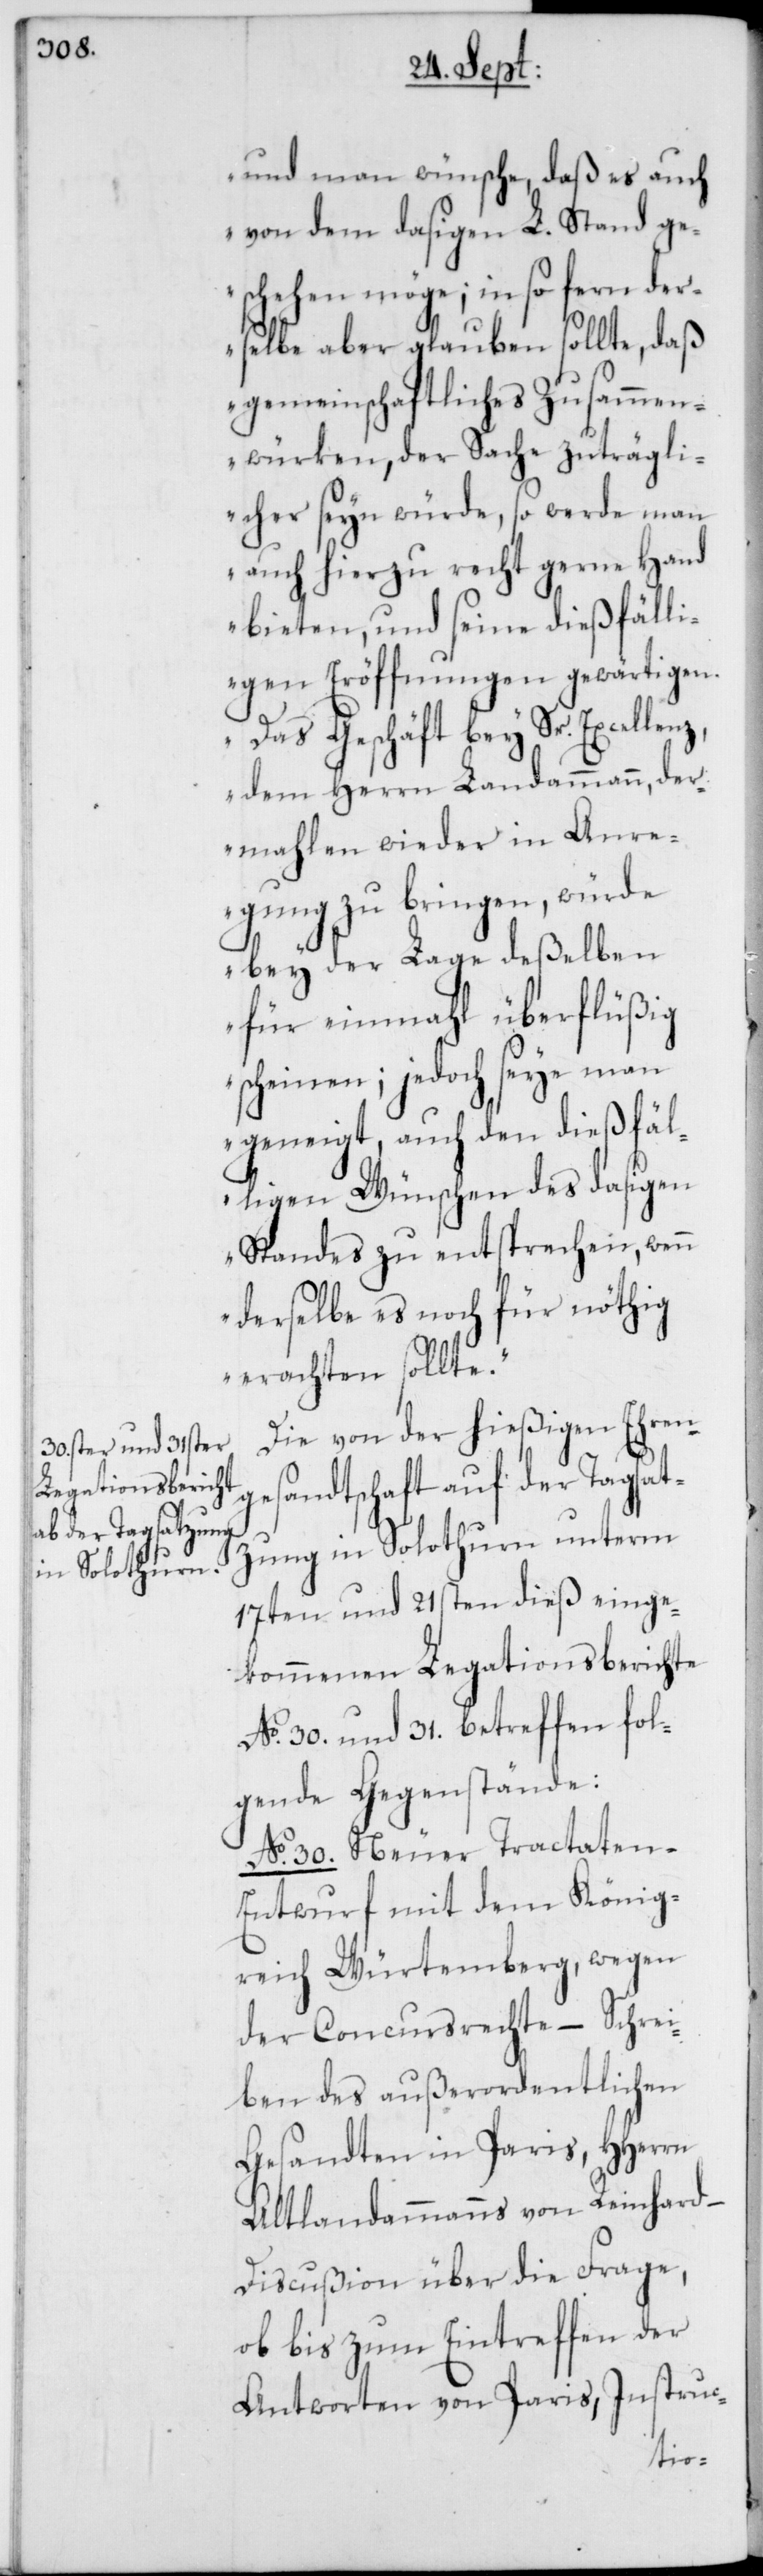
und man wünsche, daß es auch
von dem dasigen L. Stand ge¬
schehen möge; in so fern der¬
selbe aber glauben sollte, daß
gemeinschaftliches Zusammen¬
würken, der Sache zuträgli¬
cher seyn würde, so werde man
auch hierzu recht gerne Hand
bieten, und seine dießfälli¬
gen Eröffnungen gewärtigen.
Das Geschäft bey Sr. Excellen¬
z, dem Herrn Landammann, der¬
mahlen wieder in Anre¬
gung zu bringen, würde
bey der Lage deßelben
für einmahl überflüßig
scheinen; jedoch seye man
geneigt, auch den dießfäl¬
ligen Wünschen des dasigen
Standes zu entsprechen, wenn
derselbe es noch für nöthig
erachten sollte.“
Die von der hießigen Ehren¬
gesandtschaft auf der Tagsat¬
zung in Solothurn unterm
17ten und 21sten dieß einge¬
kommenen Legationsberichte
No. 30. und 31. betreffen fol¬
gende Gegenstände:
No. 30. Neuer Tractaten-E¬
ntwurf mit dem König¬
reich Würtemberg, wegen
der Concursrechte, – Schrei¬
ben des außerordentlichen
Gesandten in Paris, HHerrn
Altlandammann von Reinhard,
Discußion über die Frage,
ob bis zum Eintreffen der
Antworten von Paris, Instruc-